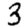
Digit: 3